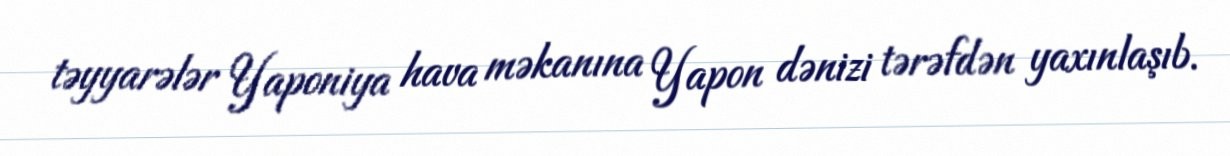
təyyarələr Yaponiya hava məkanına Yapon dənizi tərəfdən yaxınlaşıb.